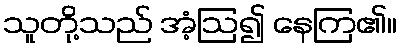
သူတို့သည် အံ့ဩ၍ နေကြ၏။